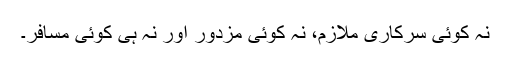
نہ کوئی سرکاری ملازم، نہ کوئی مزدور اور نہ ہی کوئی مسافر۔